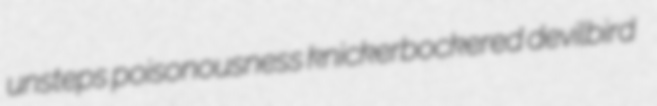
unsteps poisonousness knickerbockered devilbird